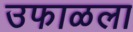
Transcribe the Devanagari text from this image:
उफाळला